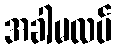
အခါမလပ်